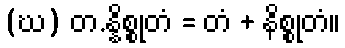
(ဃ) တ.န္နိစ္စုတံ = တံ + နိစ္စုတံ။